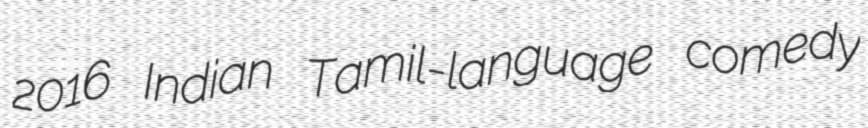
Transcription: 2016 Indian Tamil-language comedy